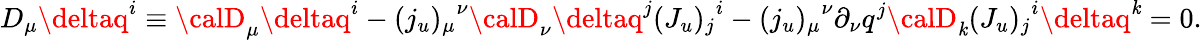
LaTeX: D_{\mu}\deltaq^{i}\equiv{\calD}_{\mu}\deltaq^{i}-{(j_{u})_{\mu}}^{\nu}{\calD}_{\nu}\deltaq^{j}{(J_{u})_{j}}^{i}-{(j_{u})_{\mu}}^{\nu}\partial_{\nu}q^{j}{\calD}_{\mathit{k}}{(J_{u})_{j}}^{i}\deltaq^{\mathit{k}}=0.